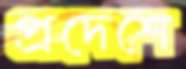
প্রদেশে